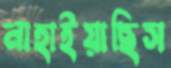
নাহাইয়াছিস